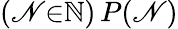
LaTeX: (\mathscr{N}{\in}\mathbb{{N}})\, P(\mathscr{N})